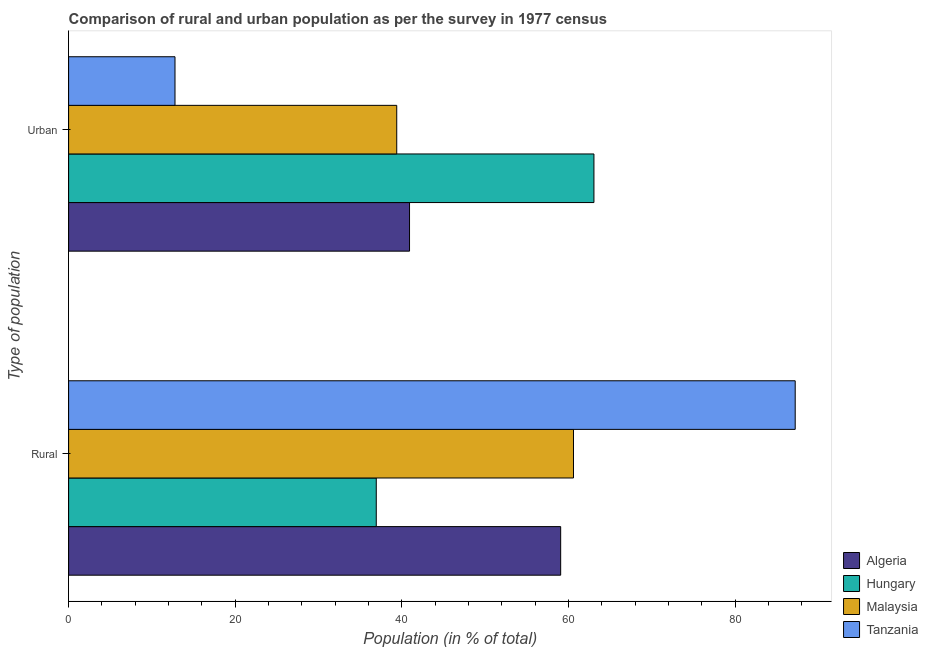
| Type of population | Algeria | Hungary | Malaysia | Tanzania |
 | --- | --- | --- | --- | --- |
 | Rural | 59.1 | 36.9 | 60.6 | 87.2 |
 | Urban | 40.9 | 63.1 | 39.4 | 12.8 |